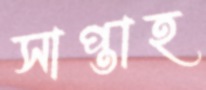
সাপ্তাহ